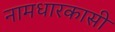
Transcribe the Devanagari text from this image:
नामधारकासी